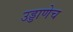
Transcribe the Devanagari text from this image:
उड्डाणेच